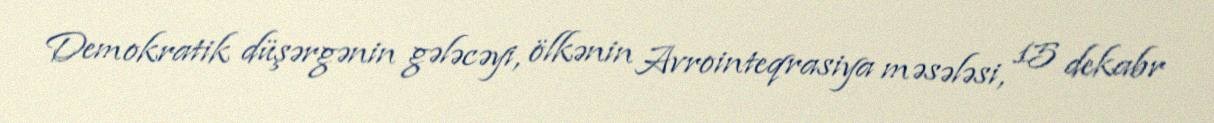
Demokratik düşərgənin gələcəyi, ölkənin Avrointeqrasiya məsələsi, 15 dekabr